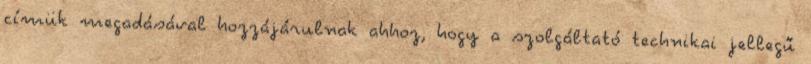
címük megadásával hozzájárulnak ahhoz, hogy a szolgáltató technikai jellegű